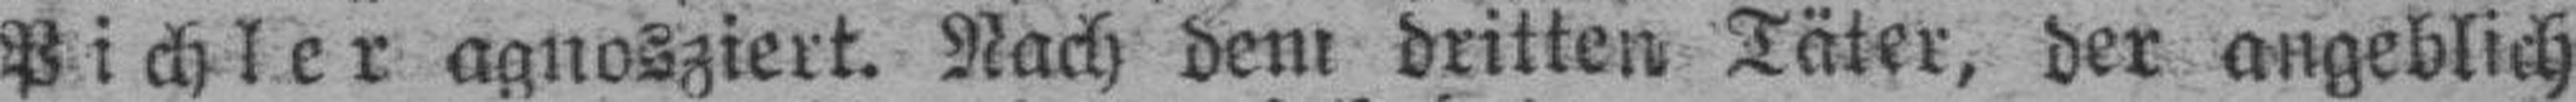
Pichler agnosziert. Nach dem dritten Täter, der angeblich